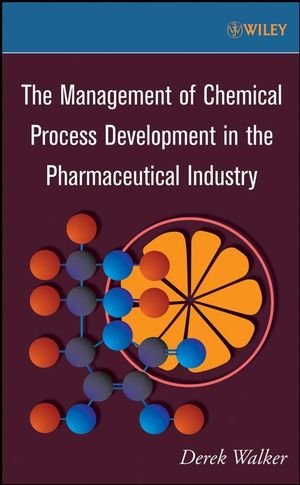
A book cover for The Management of Chemical Process Development in the Pharmaceutical Industry; Derek Walker; Medical Books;